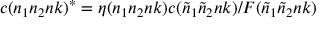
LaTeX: c ( n _ { 1 } n _ { 2 } n k ) ^ { * } = \eta ( n _ { 1 } n _ { 2 } n k ) c ( { \tilde { n } } _ { 1 } { \tilde { n } } _ { 2 } n k ) / F ( { \tilde { n } } _ { 1 } { \tilde { n } } _ { 2 } n k )